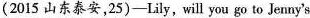
(2015 山东泰安,25)-Lily, will you go to Jenny's